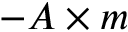
- A \times m